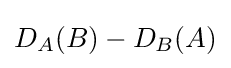
D_{A}(B)-D_{B}(A)